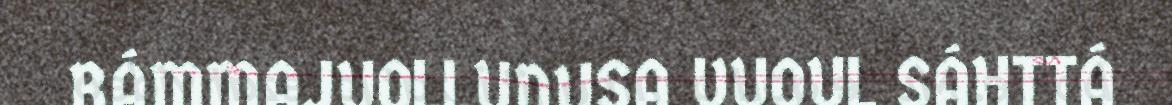
RÁMMAJUOLLUDUSA VUOUL SÁHTTÁ